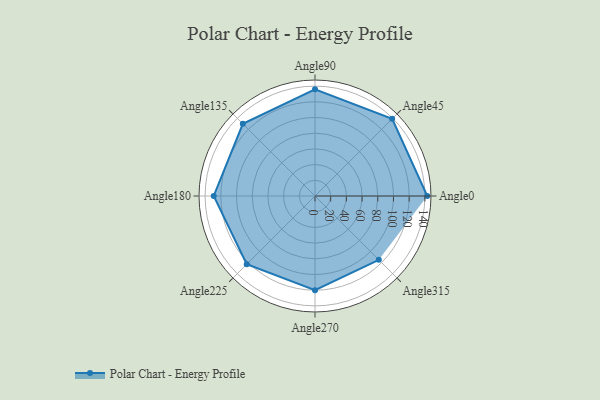
{"axis": {"x": "Angle", "y": "Radius"}, "legend": [""], "data": [{"x": "Angle0", "y": 143.0, "type": ""}, {"x": "Angle45", "y": 139.0, "type": ""}, {"x": "Angle90", "y": 136.0, "type": ""}, {"x": "Angle135", "y": 130.0, "type": ""}, {"x": "Angle180", "y": 129.0, "type": ""}, {"x": "Angle225", "y": 123.0, "type": ""}, {"x": "Angle270", "y": 120.0, "type": ""}, {"x": "Angle315", "y": 115.0, "type": ""}]}